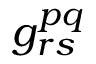
g _ { r s } ^ { p q }